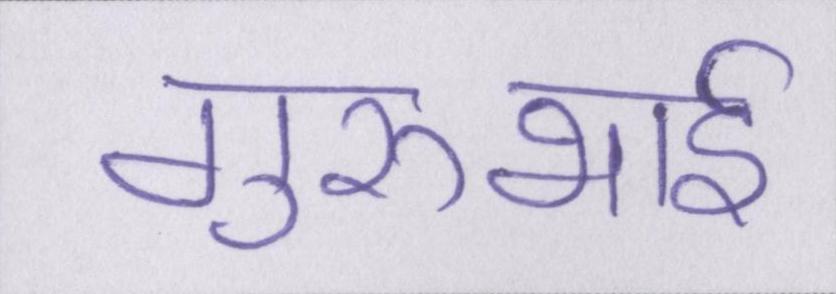
गुरुभाई